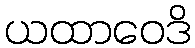
ယထာဝေဒိ